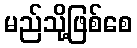
မည်သို့ဖြစ်စေ